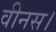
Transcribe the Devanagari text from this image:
वीनस।